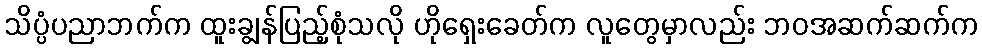
သိပ္ပံပညာဘက်က ထူးချွန်ပြည့်စုံသလို ဟိုရှေးခေတ်က လူတွေမှာလည်း ဘဝအဆက်ဆက်က